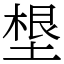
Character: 𡏒